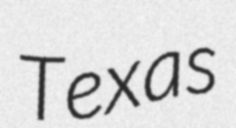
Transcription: Texas